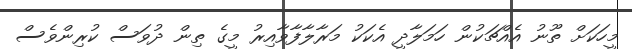
މީހަކަށް ތޫނު އެއްޗަކުން ހަމަލާދީ އެކަކު މަރާލާފާވާއިރު މީގެ ތިން ދުވަސް ކުރިންވެސް